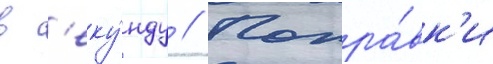
в с'еку́нду // Попра́вк'и